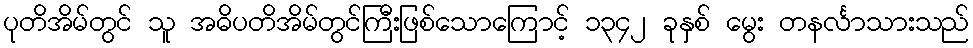
ပုတိအိမ်တွင် သူ အဓိပတိအိမ်တွင်ကြီးဖြစ်သောကြောင့် ၁၃၄၂ ခုနှစ် မွေး တနင်္လာသားသည်